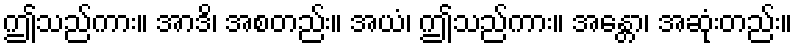
ဤသည်ကား။ အာဒိ၊ အစတည်း။ အယံ၊ ဤသည်ကား။ အန္တော၊ အဆုံးတည်း။